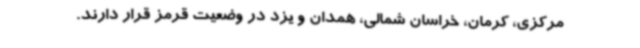
مرکزی، کرمان، خراسان شمالی، همدان و یزد در وضعیت قرمز قرار دارند.